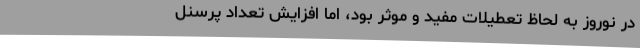
در نوروز به لحاظ تعطیلات مفید و موثر بود، اما افزایش تعداد پرسنل